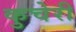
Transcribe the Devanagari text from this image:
कुचेरी